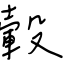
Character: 轂